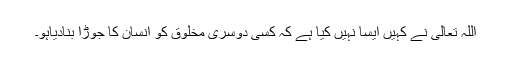
اللہ تعالی نے کہیں ایسا نہیں کیا ہے کہ کسی دوسری مخلوق کو انسان کا جوڑا بنادیاہو۔